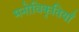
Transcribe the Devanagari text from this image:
मनोविकृतियाँ